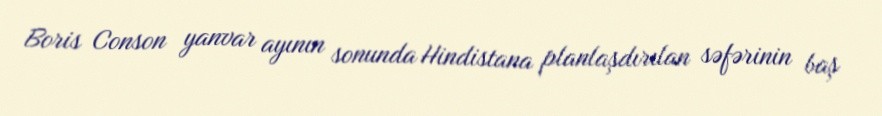
Boris Conson yanvar ayının sonunda Hindistana planlaşdırılan səfərinin baş